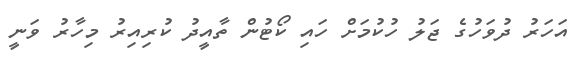
އަހަރު ދުވަހުގެ ޖަލު ހުކުމަށް ހައި ކޯޓުން ތާއީދު ކުރިއިރު މިހާރު ވަނީ